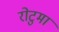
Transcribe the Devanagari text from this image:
रोटुमा